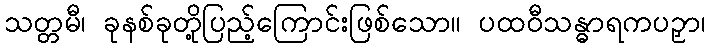
သတ္တမီ၊ ခုနစ်ခုတို့ပြည့်ကြောင်းဖြစ်သော။ ပထဝီသန္ဓာရကပဉှာ၊